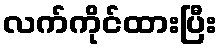
လက်ကိုင်ထားပြီး